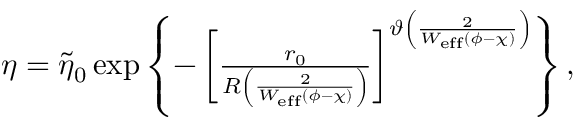
\begin{array} { r } { \eta = \widetilde \eta _ { 0 } \exp \left\{ - \left[ \frac { r _ { 0 } } { R \left( \frac { 2 } { W _ { \mathrm { e f f } } ( \phi - \chi ) } \right) } \right] ^ { \vartheta \left( \frac { 2 } { W _ { \mathrm { e f f } } ( \phi - \chi ) } \right) } \right\} , } \end{array}